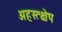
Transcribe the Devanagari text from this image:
अहस्त्क्षेप